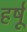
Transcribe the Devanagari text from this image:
हर्षू